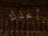
نأخذك